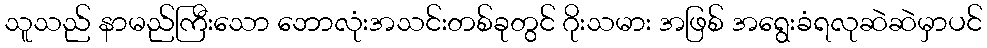
သူသည် နာမည်ကြီးသော ဘောလုံးအသင်းတစ်ခုတွင် ဂိုးသမား အဖြစ် အရွေးခံရလုဆဲဆဲမှာပင်